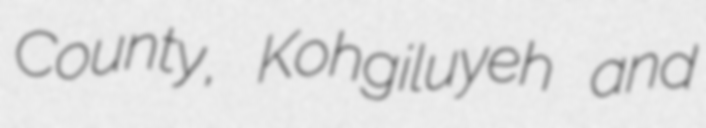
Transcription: County, Kohgiluyeh and